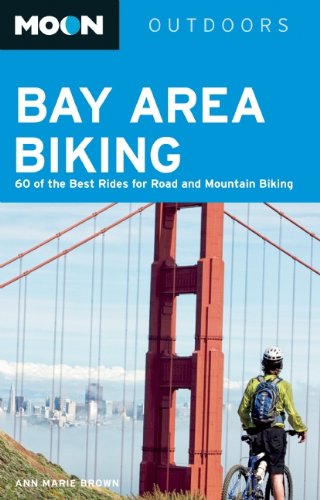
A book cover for Moon Bay Area Biking: 60 of the Best Rides for Road and Mountain Biking (Moon Outdoors); Ann Marie Brown; Travel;